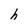
Character: h